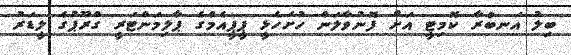
ބިލު އަނބުރާ ކޮމިޓީ އަށް ފޮނުވާލަން ހުށަހެޅީ ޕީޕީއެމްގެ ޕާލިމަންޓަރީ ގްރޫޕުގެ ލީޑަރު